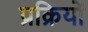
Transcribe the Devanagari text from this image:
प्रक्रियों